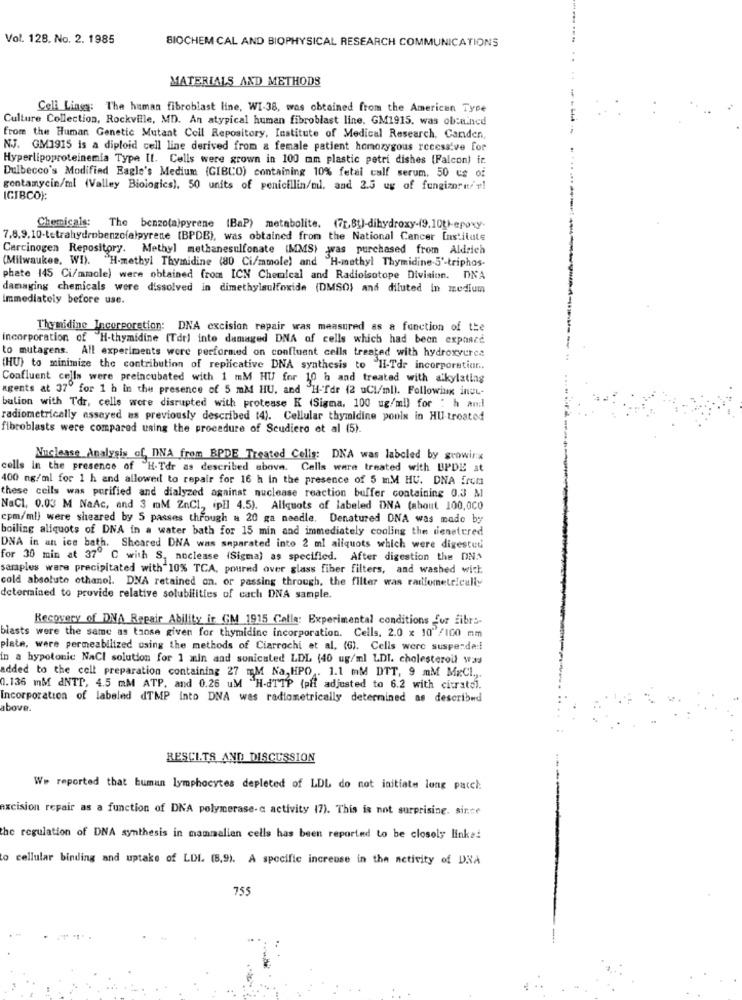
Vol. 128. No. 2. 1985
BIOCHEM CAL AND BIOPHYSICAL RESEARCH COMMUNICATIONS
MATERIALS AND METHODS
Cell Lings: The human fibroblast line, WI-38, was obtained from the American Type
Culture Collection, Rockville, MD. An atypical human fibroblast line. GM1915. was obcnined
from the Human Genetic Mutant Cell Repository, Institute of Medical Research, Canden,
NJ. GM1915 is a diploid cell line derived from & female patient homozygous recessive for
Hyperlipoproteinemia Type II. Cells were grown in 100 mm plastic petri dishes [Falcon) ir
Dulbecco's Modified Eagle's Medium (GIBCO) containing 10% fetal calf serum. 50 us of
gentamycin/ml (Valley Biologics). 50 units of penicillin/oil, and 2.5 ug of fungizoru/ #!
IGIBCO):
Chemicals: The benzo(a)pyrene (BaP) metabolite. (71.81)-dihydroxy-19.10th-epoxy.
7,8,9,10-tetrahydrobenzofalpyrene (BPDB), was obtained from the National Cancer Institute
Carcinogen Repository. Methyl methanesulfonate (MMS) was purchased from Aldrich
(Milwaukee, WI). "H-methyl Thymidine (80 Ci/mmole) and "H-methyl Thymidine-5'-triphos-
phate 145 Ci/mmole) were obtained from ICN Chemical and Radioisotope Division. DNA
damaging chemicals were dissolved in dimethylsulfoxide (DMSO) and diluted in medium
Immediately before use.
Thymidine Incorporation: DNA excision repair was measured as a function of the
incorporation of "H-thymidine (Tdr) into damaged DNA of cells which had been expnace
to mutagens. All experiments were performed on confluent cells treated with hydroxyurca
(HU) to minimize the contribution of replicative DNA synthesis to "II-Tdr incorporation ..
Confluent cells were preincubated with 1 mM HU for 10 h and treated with alkylating
agents at 37º for 1 h in the presence of 5 mM HU, and "H-Tdr (2 uCl/ml). Following ineu-
bulion with Tdr, cells were disrupted with protease K (Sigma, 100 ug/ml) for : h and
radiometrically assayed as previously described (4). Cellular thymidine pouls in HU treated
fibroblasts were compared using the procedure of Scudiero et al (5).
Nuclease Analysis of INA from BPDE Treated Cells: DNA was labeled by growing
cells in the presence of "H-Tdr as described above. Cells were treated with BPDE at
400 ng/ml for 1 h and allowed to repair for 16 h in the presence of 5 mM HU. DNA from
these cells was purified and dialyzed against nuclease reaction buffer containing 0.3 M
NaCl, 0.03 M NaAc, and 3 mM ZnCl, ipil 4.5). Aliquots of labeled DNA (about 100.000
cpm/ml) were sheared by 5 passes through a 20 ga needle. Denatured DNA was made by
boiling aliquots of DNA in a water bath for 15 min and immediately cooling the denetcred
DNA in an ice bath. Sheared DNA was separated into 2 ml aliquots which were digested
for 30 min at 37º C with S, noclease (Sigma) as specified. After digestion the DNA
samples were precipitated with 10% TCA, poured over glass fiber filters, and washed with
cold absolute ethanol. DNA retained on. or passing through, the filter was ratiometrically
determined to provide relative solubilities of cach DNA sample.
Recovery of DNA Repair Ability ir GM 1915 Galla: Experimental conditions for fibrs-
blasts were the same as taosa given for thymidinc incorporation. Cells, 2.0 x 10"/100 mm
plate, were permeabilized using the methods of Ciarrochi et al. (6). Cells were susperda :!
in a hypotonic NaCl solution for 1 min and sonicated LDL (40 ug/ml LDI. cholesteroll was
added to the cell preparation containing 27 M Na, HPO . 1.1 mM DTT, 9 mM MxCl .,.
0.136 mM ANTT, 4.5 mM ATP, and 0.26 uM H-dTTP (pff adjusted to 6.2 with citratel.
Incorporation of labeled dTMP into DNA was radiometrically determined as described
above.
RESCITS AND DISCUSSION
We reported that human lymphocytes depleted of LDL do not initiate long pacch:
axcision repair as a function of DNA polymerase-c activity (7). This is not surprising. since
the regulation of DNA synthesis in mammalian cells has been reported to be closely links!
to cellular binding and uptake of LDI. (8,9). A specific increase in the activity of DNA
755
4